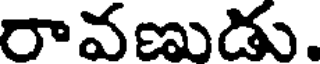
రావణుడు.